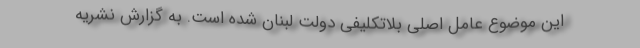
این موضوع عامل اصلی بلاتکلیفی دولت لبنان شده است. به گزارش نشریه